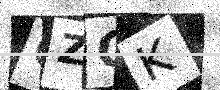
Text: GZCK